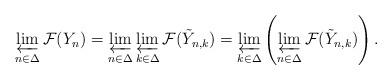
LaTeX: \begin{align*}\varprojlim_{n\in\Delta} \mathcal F(Y_n) = \varprojlim_{n\in\Delta} \varprojlim_{k\in\Delta} \mathcal F(\tilde Y_{n,k}) = \varprojlim_{k\in\Delta} \left(\varprojlim_{n\in\Delta} \mathcal F(\tilde Y_{n,k})\right).\end{align*}